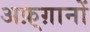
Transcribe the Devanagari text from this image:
अफ़्ग़ानों